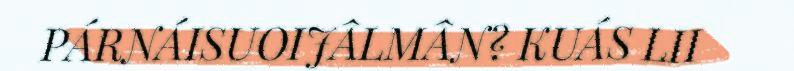
PÁRNÁISUOIJÂLMÂN? KUÁS LII